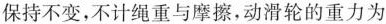
保持不变，不计绳重与摩擦，动滑轮的重力为